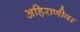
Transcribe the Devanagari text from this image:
अहिराणीवर